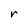
Character: r